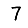
Digit: 7